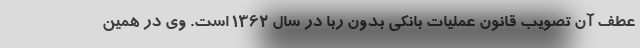
عطف آن تصویب قانون عملیات بانکی بدون ربا در سال 1362 است. وی در همین